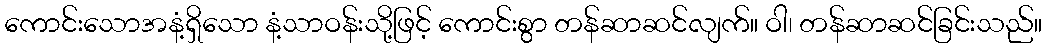
ကောင်းသောအနံ့ရှိသော နံ့သာဝန်းသို့ဖြင့် ကောင်းစွာ တန်ဆာဆင်လျက်။ ဝါ၊ တန်ဆာဆင်ခြင်းသည်။